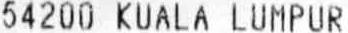
54200 KUALA LUMPUR